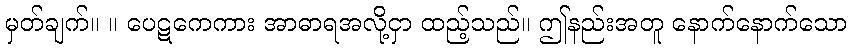
မှတ်ချက်။ ။ ပေဋကေကား အာဓာရအလို့ငှာ ထည့်သည်။ ဤနည်းအတူ နောက်နောက်သော